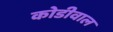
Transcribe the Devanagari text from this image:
कोडीवाल